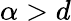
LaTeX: \alpha>d